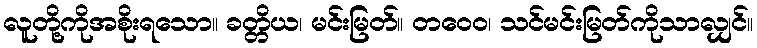
လူတို့ကိုအစိုးရသော။ ခတ္တိယ၊ မင်းမြတ်။ တဝေဝ၊ သင်မင်းမြတ်ကိုသာလျှင်။